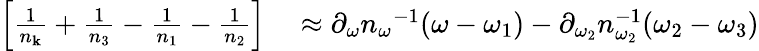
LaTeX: \begin{array}{rl}{\left[\frac{1}{n_{\mathbf k}}+\frac{1}{n_{3}}-\frac{1}{n_{1}}-\frac{1}{n_{2}}\right]}&{{}\approx\partial_{\omega}{n_{\omega}}^{-1}(\omega-\omega_{1})-\partial_{\omega_{2}}n_{\omega_{2}}^{-1}(\omega_{2}-\omega_{3})}\end{array}